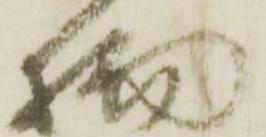
物